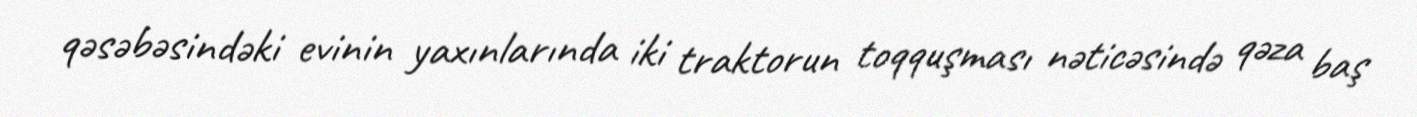
qəsəbəsindəki evinin yaxınlarında iki traktorun toqquşması nəticəsində qəza baş